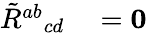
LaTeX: \begin{array}{rl}{\tilde{R}^{ab}{}_{cd}}&{{}=\mathbf{0}}\end{array}